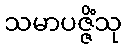
သမာပဇ္ဇိံသု